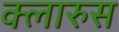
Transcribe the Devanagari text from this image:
क्लारुस